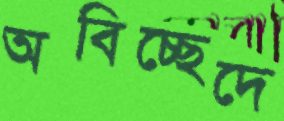
অবিচ্ছেদে